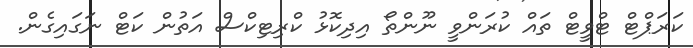
ކަރަޕްޓް ޓްވީޓް ތައް ކުރަންވީ ނޫންތޯ އިދިކޮޅު ކްރިޓިކްސް އަތުން ކަޓް ނަގައިގެން.